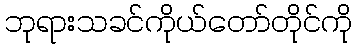
ဘုရားသခင်ကိုယ်တော်တိုင်ကို